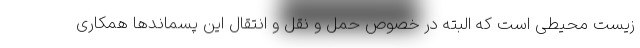
زیست محیطی است که البته در خصوص حمل و نقل و انتقال این پسماندها همکاری